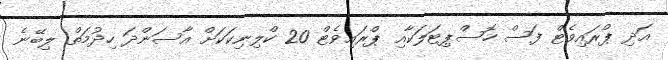
އަދި ޕްރައިވެޓް ފަސް ހޮސްޕިޓަލަކާއި ޕްރައިވެޓް 20 ކްލިނިކަކަށް އާސަންދަ ހިދުމަތް ލިބޭނެ